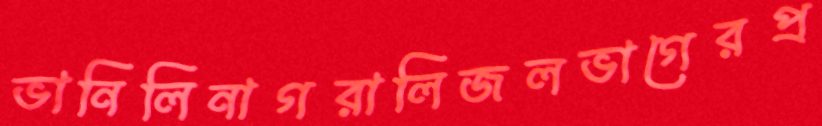
ভানিলিনাগরালিজলভাগেরপ্র